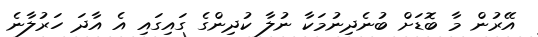
އޭރުން މާ ބޮޑަށް ބުނެދިނުމަކާ ނުލާ ކުދިންގެ ގައިގައި އެ އާދަ ހަރުލާނެ